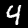
Digit: 4